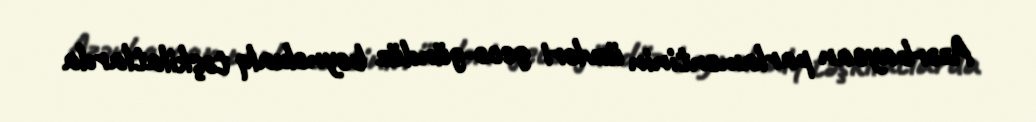
Azərbaycan parlamentinin üzvləri gecə-gündüz beynəlxalq təşkilatlarda